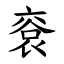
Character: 䘱